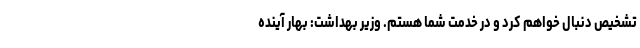
تشخیص دنبال خواهم کرد و در خدمت شما هستم. وزیر بهداشت: بهار آینده